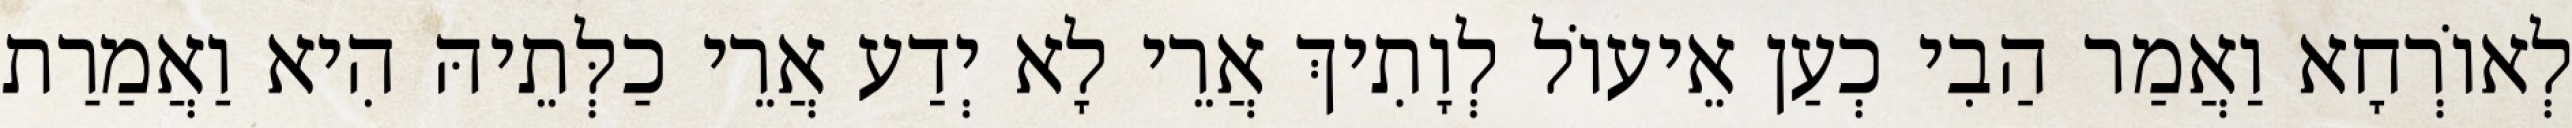
לְאוֹרְחָא וַאֲמַר הַבִי כְעַן אֵיעוֹל לְוָתִיךְ אֲרֵי לָא יְדַע אֲרֵי כַלְּתֵיהּ הִיא וַאֲמַרַת